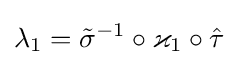
\lambda _{1}={\tilde {\sigma }}^{-1}\circ \varkappa _{1}\circ {\hat {\tau }}